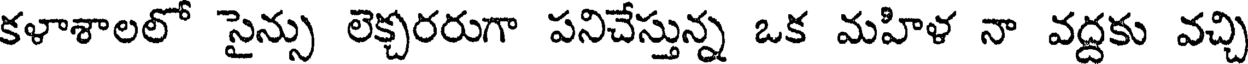
కళాశాలలో సైన్సు లెక్చరరుగా పనిచేస్తున్న ఒక మహిళ నా వద్దకు వచ్చి